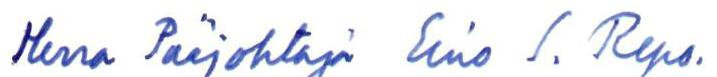
Herra Pääjohtaja Eino S. Repo.